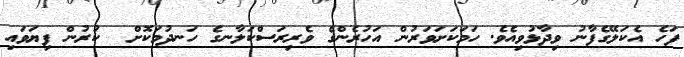
ފަހެ އެކަލޭގެފާނު ވިދާޅުވިއެވެ. ހަމަކަށަވަރުން އަހުރެންގެ ވެރިރަސްކަލާނގެ ހަނދުމަކޮށް  ކުރުން ފިޔަވައި